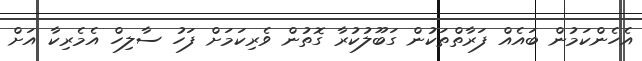
އެހެންކަމުން ބައެއް ފަރާތްތަކުން ގަބޫލުކުރާ ގޮތުން ވެރިކަމަށް ފަހު ސާލިހް އެމެރިކާ އަށް